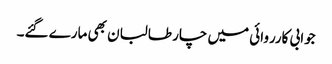
جوابی کارروائی میں چار طالبان بھی مارے گئے۔